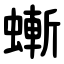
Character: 螹